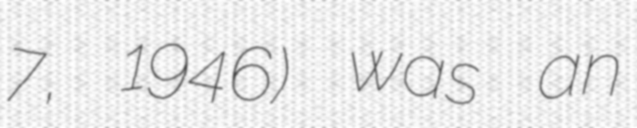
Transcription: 7, 1946) was an